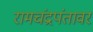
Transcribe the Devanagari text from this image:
रामचंद्रपंतावर